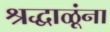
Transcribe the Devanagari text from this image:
श्रद्धाळूंना